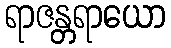
ရာဇန္တရာယော